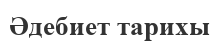
Әдебиет тарихы